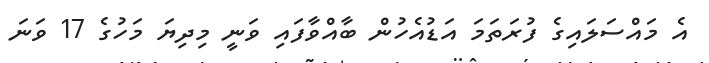
އެ މައްސަލައިގެ ފުރަތަމަ އަޑުއެހުން ބާއްވާފައި ވަނީ މިދިޔަ މަހުގެ 17 ވަނަ